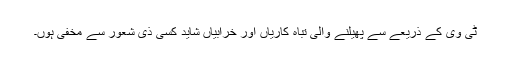
ٹی وی کے ذریعے سے پھیلنے والی تباہ کاریاں اور خرابیاں شاید کسی ذی شعور سے مخفی ہوں۔